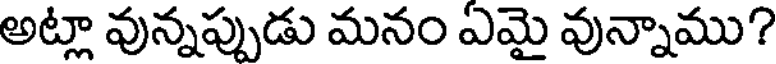
అట్లా వున్నప్పుడు మనం ఎమై వున్నాము?